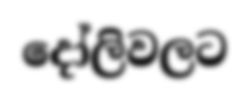
දෝලිවලට